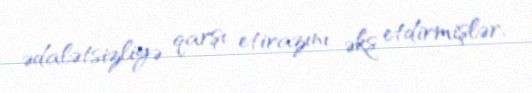
ədalətsizliyə qarşı etirazını əks etdirmişlər.